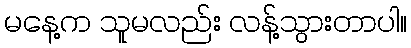
မနေ့က သူမလည်း လန့်သွားတာပါ။